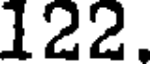
122.